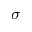
\sigma